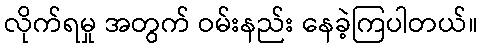
လိုက်ရမှု အတွက် ဝမ်းနည်း နေခဲ့ကြပါတယ်။